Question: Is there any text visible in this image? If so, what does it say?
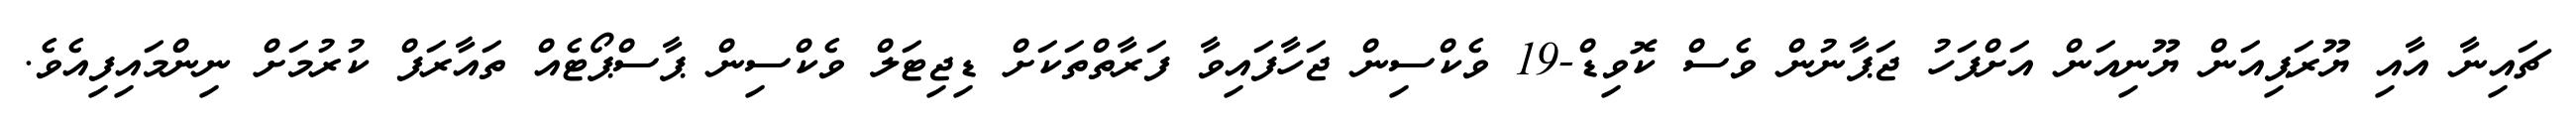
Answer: ޗައިނާ އާއި ޔޫރަޕިއަން ޔޫނިއަން އަށްފަހު ޖަޕާނުން ވެސް ކޮވިޑް-19 ވެކްސިން ޖަހާފައިވާ ފަރާތްތަކަށް ޑިޖިޓަލް ވެކްސިން ޕާސްޕޯޓެއް ތައާރަފް ކުރުމަށް ނިންމައިފިއެވެ.